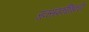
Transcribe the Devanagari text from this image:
जनसंपर्काधिकारी